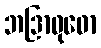
ဘဒြာဝုဓော